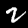
Digit: 2